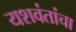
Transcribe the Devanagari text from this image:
यशवंतांचा